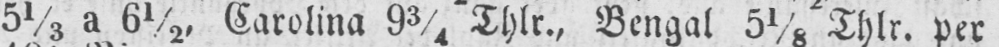
51/5 a 6½, Carolina 93/4 Thlr., Bengal 51/8 Thlr. per